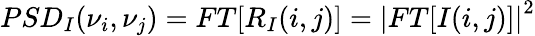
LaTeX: PSD_{I}(\nu_{i},\nu_{j})=FT[R_{I}(i,j)]={|FT[I(i,j)]|}^{2}